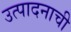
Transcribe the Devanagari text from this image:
उत्‍पादनाची